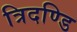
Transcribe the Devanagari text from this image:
त्रिदण्डि